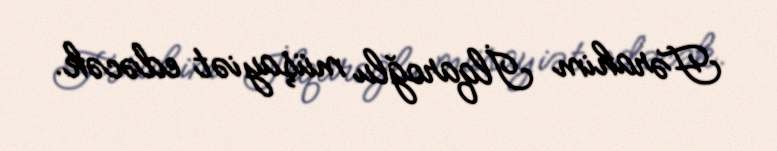
Fərahim İlqaroğlu müşayiət edəcək.